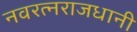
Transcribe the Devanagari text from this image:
नवरत्नराजधानी